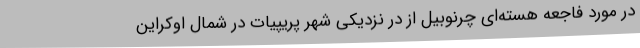
در مورد فاجعه هسته‌ای چرنوبیل از در نزدیکی شهر پریپیات در شمال اوکراین